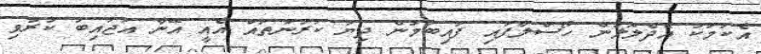
އެކަމަކު އެދެލޮލުން ހޯސްލާފައި ފައިބަމުން ދިޔަ ކަރުނަތައް އެއީ އޭނާ އަޖައިބު ކުރުވި